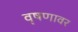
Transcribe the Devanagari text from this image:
वृषणावर